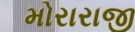
મોરારાજી